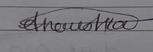
Signature authenticity: genuine